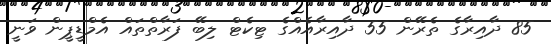
85 ދާއިރާގެ ތެރޭން 55 ދާއިރާއެއްގެ ޓިކެޓް ލިބޭ ފަރާތްތައް އެމްޑީޕީން ވަނީ